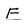
Character: F